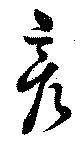
彦